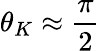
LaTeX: \theta_{K}\approx\frac{\pi}{2}